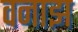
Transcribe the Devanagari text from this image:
वनाझ